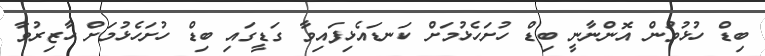
ބިޑް ހުޅުވުން އޮންނާނީ ބިޑް ހުށަހެޅުމަށް ކަނޑައެޅިފައިވާ ގަޑީގައި ބިޑް ހުށަހެޅުމަށް ހާޒިރުވާ